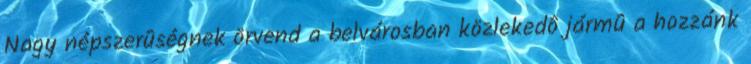
Nagy népszerûségnek örvend a belvárosban közlekedô jármû a hozzánk